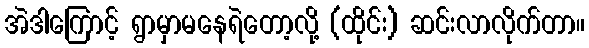
အဲဒါကြောင့် ရွာမှာမနေရဲတော့လို့ (ထိုင်း) ဆင်းလာလိုက်တာ။